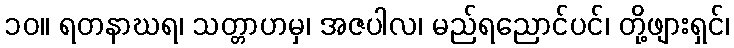
၁၀။ ရတနာဃရ၊ သတ္တာဟမှ၊ အဇပါလ၊ မည်ရညောင်ပင်၊ တို့ဖျားရှင်၊